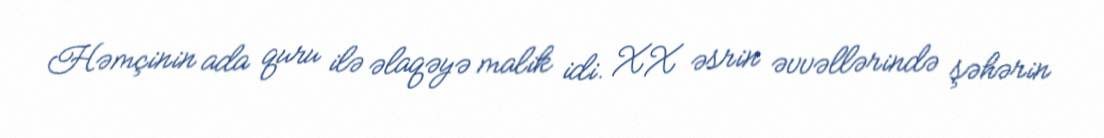
Həmçinin ada quru ilə əlaqəyə malik idi. XX əsrin əvvəllərində şəhərin